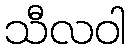
သီလဝါ